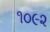
૧૦૯૨